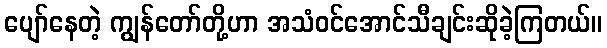
ပျော်နေတဲ့ ကျွန်တော်တို့ဟာ အသံဝင်အောင်သီချင်းဆိုခဲ့ကြတယ်။